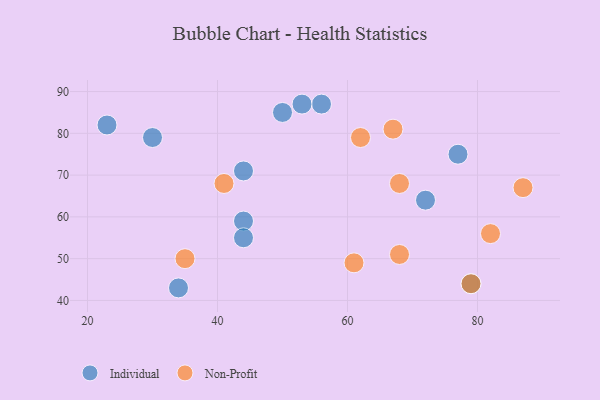
{"axis": {"x": "GDP", "y": "Life Expectancy"}, "legend": ["Individual", "Non-Profit"], "data": [{"x": "72", "y": 64, "type": "Individual"}, {"x": "23", "y": 82, "type": "Individual"}, {"x": "77", "y": 75, "type": "Individual"}, {"x": "44", "y": 71, "type": "Individual"}, {"x": "34", "y": 43, "type": "Individual"}, {"x": "79", "y": 44, "type": "Individual"}, {"x": "44", "y": 59, "type": "Individual"}, {"x": "44", "y": 55, "type": "Individual"}, {"x": "50", "y": 85, "type": "Individual"}, {"x": "56", "y": 87, "type": "Individual"}, {"x": "53", "y": 87, "type": "Individual"}, {"x": "30", "y": 79, "type": "Individual"}, {"x": "67", "y": 81, "type": "Non-Profit"}, {"x": "62", "y": 79, "type": "Non-Profit"}, {"x": "61", "y": 49, "type": "Non-Profit"}, {"x": "41", "y": 68, "type": "Non-Profit"}, {"x": "68", "y": 51, "type": "Non-Profit"}, {"x": "35", "y": 50, "type": "Non-Profit"}, {"x": "79", "y": 44, "type": "Non-Profit"}, {"x": "87", "y": 67, "type": "Non-Profit"}, {"x": "82", "y": 56, "type": "Non-Profit"}, {"x": "68", "y": 68, "type": "Non-Profit"}]}